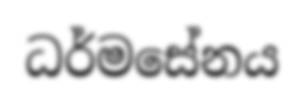
ධර්මසේනය